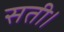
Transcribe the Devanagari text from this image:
सती।